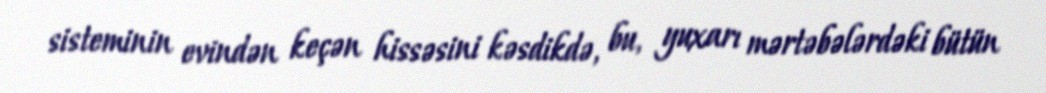
sisteminin evindən keçən hissəsini kəsdikdə, bu, yuxarı mərtəbələrdəki bütün